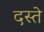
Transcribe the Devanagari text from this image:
दस्‍ते